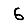
Digit: 6